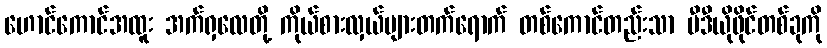
ဟောင်ကောင်အထူး အက်ရှလေတို့ ကိုယ်စားလှယ်များတက်ရောက် တစ်ကောင်တည်းသာ ဗီဒီယိုဖိုင်တစ်ခုကို